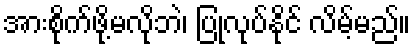
အားစိုက်ဖို့မလိုဘဲ၊ ပြုလုပ်နိုင် လိမ့်မည်။